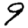
Digit: 9